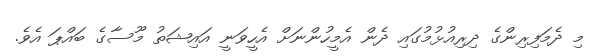
މި ދެމަފިރިންގެ ދިރިއުޅުމުގައި ދެން އެމީހުންނަށް އެހީވަނީ އައިޝަތު މޫސާގެ ބައްޕަ އެވެ.